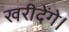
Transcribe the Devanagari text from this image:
खरीदेंगे।